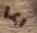
ربما